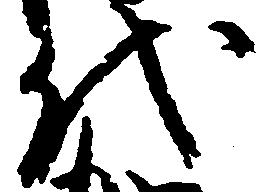
代